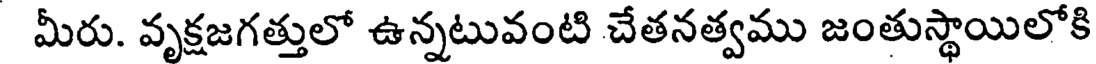
మీరు. వృక్షజగత్తులో ఉన్నటువంటి చేతనత్వము జంతుస్థాయిలోకి